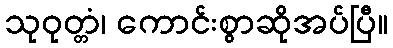
သုဝုတ္တံ၊ ကောင်းစွာဆိုအပ်ပြီ။